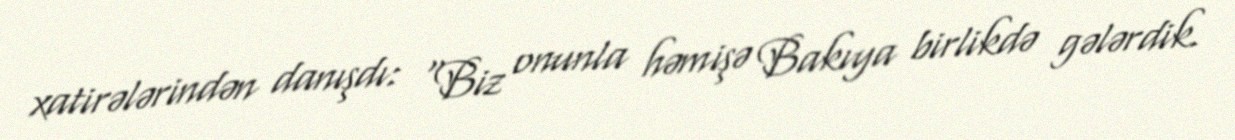
xatirələrindən danışdı: “Biz onunla həmişə Bakıya birlikdə gələrdik.